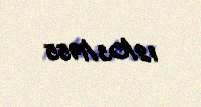
12/03/1955